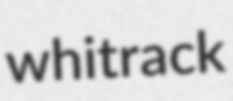
whitrack